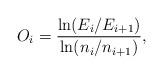
LaTeX: \begin{align*}O_i=\frac{\ln(E_i/ E_{i+1})}{\ln(n_i/n_{i+1})},\end{align*}